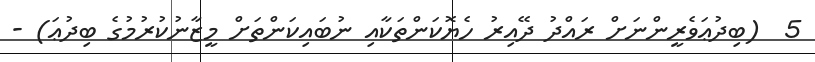
5  (ބިދުޢަވެރީންނަށް ރައްދު ދޭއިރު ހެޔޮކަންތަކާއި ނުބައިކަންތަށް މީޒާނުކުރުމުގެ ބިދުޢަ) -